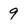
Character: 9